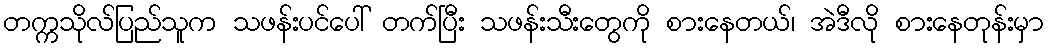
တက္ကသိုလ်ပြည်သူက သဖန်းပင်ပေါ် တက်ပြီး သဖန်းသီးတွေကို စားနေတယ်၊ အဲဒီလို စားနေတုန်းမှာ